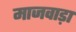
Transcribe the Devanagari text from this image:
माजवाड़ा